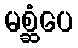
မစ္ဆံပေ